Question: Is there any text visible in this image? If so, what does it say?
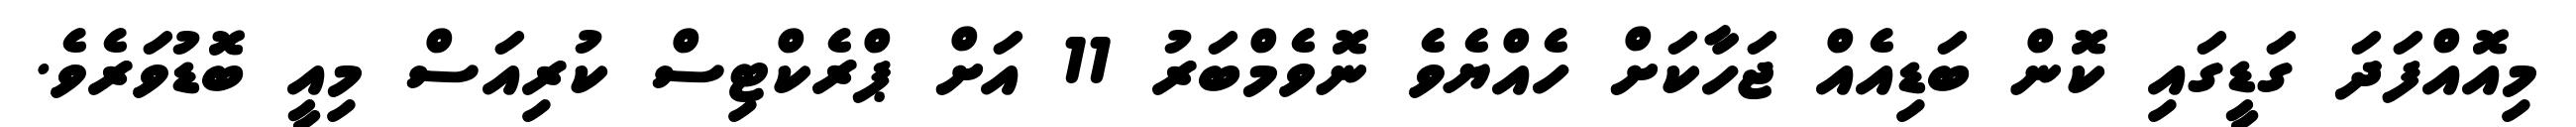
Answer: މިއޮއްފަދަ ގަޑީގައި ކޮން ބަޑިއެއް ޖަހާކަށް ހެއްޔެވެ ނޮވެމްބަރު 11 އަށް ޕްރެކްޓިސް ކުރިއަސް މިއީ ބޮޑުވަރެވެ.